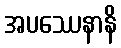
အပဿေနာနိ